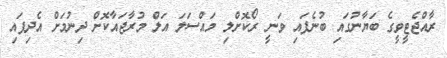
ރާއްޖެޓީވީގެ ބަޔާނުގައި ބުނެފައި ވަނީ ރޯކޮށްލި މައްސަލަ އަލުް މުރާޖައާކޮށް ދިނުމަށް އެދިފައި